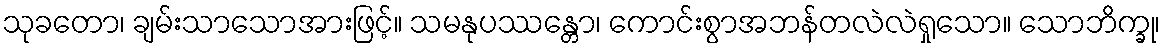
သုခတော၊ ချမ်းသာသောအားဖြင့်။ သမနုပဿန္တော၊ ကောင်းစွာအဘန်တလဲလဲရှုသော။ သောဘိက္ခု၊